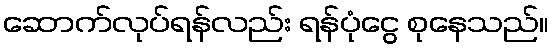
ဆောက်လုပ်ရန်လည်း ရန်ပုံငွေ စုနေသည်။